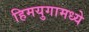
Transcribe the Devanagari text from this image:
हिमयुगामध्ये